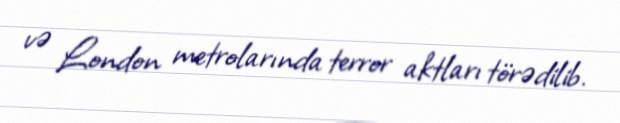
və London metrolarında terror aktları törədilib.